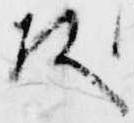
歟